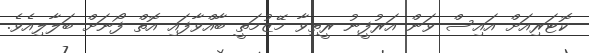
ކޮޓަރިއަށް އައިސް ވަން އަރުފީނު ރީތިވާ މޭޒުމަތީ ބާއްވާފައި އޮތް ފޯނަށް ބަލާލިއެވެ.